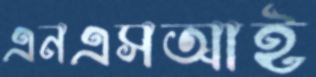
এনএসআই